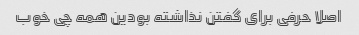
اصلا حرفی برای گفتن نذاشته بودین همه چی خوب